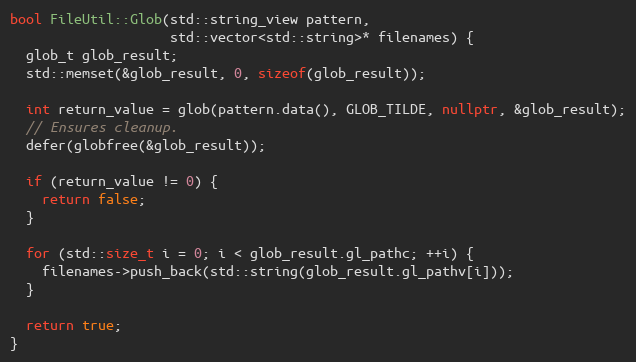
Language: C++
bool FileUtil::Glob(std::string_view pattern,
                    std::vector<std::string>* filenames) {
  glob_t glob_result;
  std::memset(&glob_result, 0, sizeof(glob_result));

  int return_value = glob(pattern.data(), GLOB_TILDE, nullptr, &glob_result);
  // Ensures cleanup.
  defer(globfree(&glob_result));

  if (return_value != 0) {
    return false;
  }

  for (std::size_t i = 0; i < glob_result.gl_pathc; ++i) {
    filenames->push_back(std::string(glob_result.gl_pathv[i]));
  }

  return true;
}